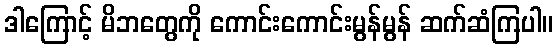
ဒါကြောင့် မိဘတွေကို ကောင်းကောင်းမွန်မွန် ဆက်ဆံကြပါ။